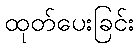
ထုတ်ပေးခြင်း